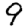
Digit: 9